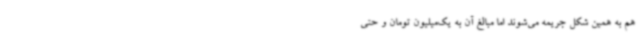
هم به همین شکل جریمه می‌شوند اما مبالغ آن به یک‌میلیون تومان و حتی